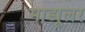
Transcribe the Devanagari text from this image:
माड्यूलर